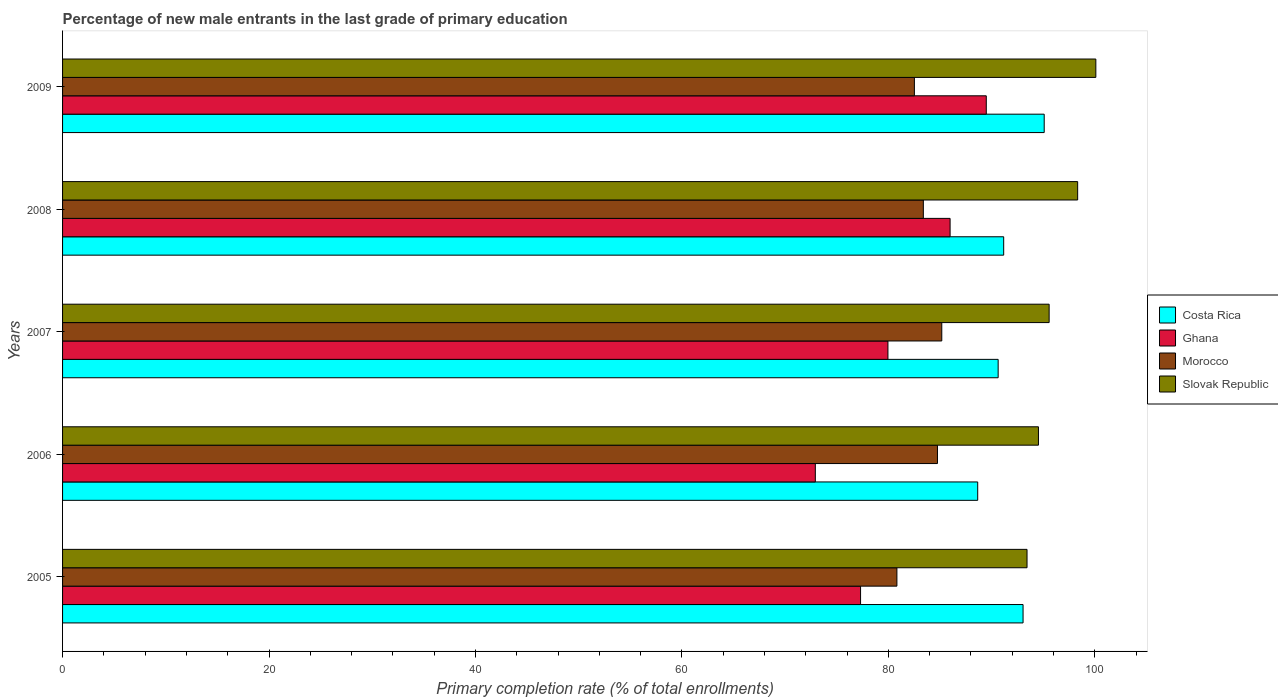
| Years | Costa Rica | Ghana | Morocco | Slovak Republic |
 | --- | --- | --- | --- | --- |
 | 2005 | 93.1 | 77.3 | 80.8 | 93.4 |
 | 2006 | 88.7 | 72.9 | 84.8 | 94.5 |
 | 2007 | 90.6 | 80 | 85.2 | 95.6 |
 | 2008 | 91.2 | 86 | 83.4 | 98.3 |
 | 2009 | 95.1 | 89.5 | 82.5 | 100 |